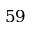
5 9